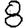
Digit: 8